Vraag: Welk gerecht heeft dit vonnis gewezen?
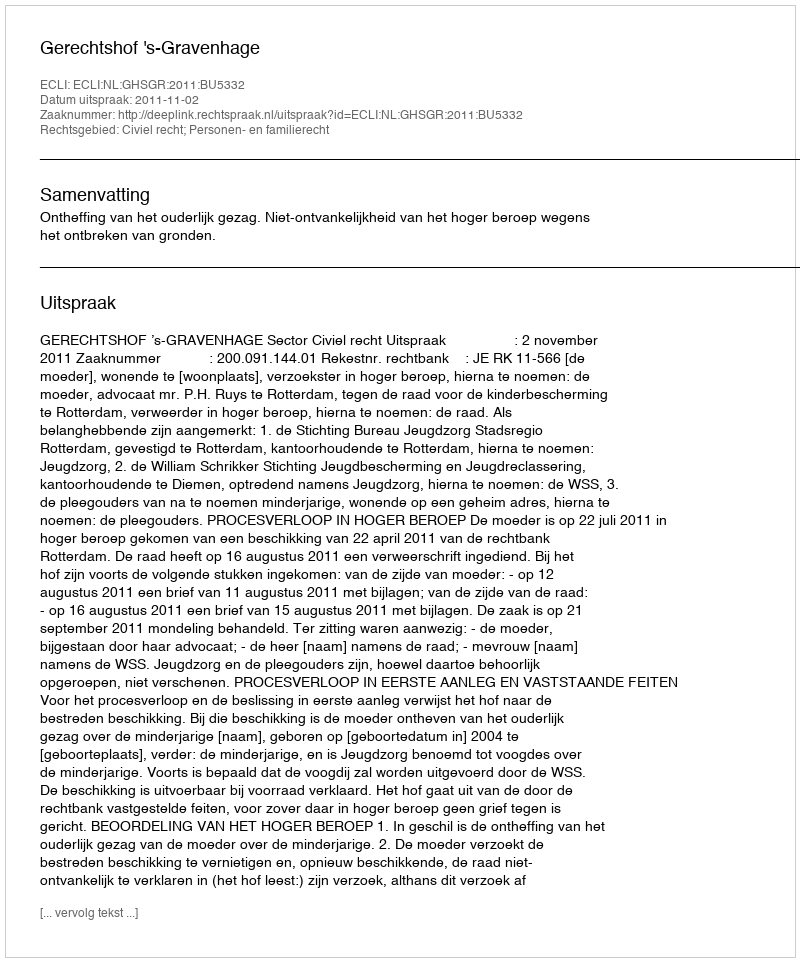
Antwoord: Gerechtshof 's-Gravenhage